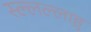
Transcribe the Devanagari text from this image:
स्ल्लल्लाहु